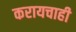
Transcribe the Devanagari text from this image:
करायचाही